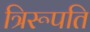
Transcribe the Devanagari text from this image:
त्रिरूपति